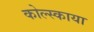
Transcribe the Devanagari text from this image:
कोल्स्काया